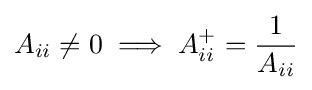
A_{ii}\neq 0\implies A_{ii}^{+}={\frac {1}{A_{ii}}}